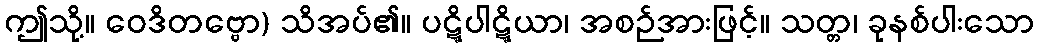
ဤသို့။ ဝေဒိတဗ္ဗော) သိအပ်၏။ ပဋ္ဋိပါဋ္ဋိယာ၊ အစဉ်အားဖြင့်။ သတ္တ၊ ခုနစ်ပါးသော